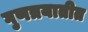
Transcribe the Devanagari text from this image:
गुणत्रयातीत